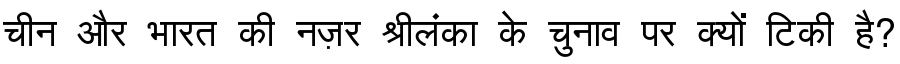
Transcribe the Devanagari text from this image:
चीन और भारत की नज़र श्रीलंका के चुनाव पर क्यों टिकी है?